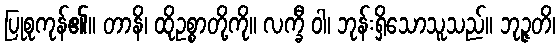
ပြုစုကုန်၏။ တာနိ၊ ထိုဥစ္စာတို့ကို။ လက္ခီ ဝါ၊ ဘုန်းရှိသောသူသည်။ ဘုဉ္ဇတိ၊